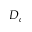
D _ { c }